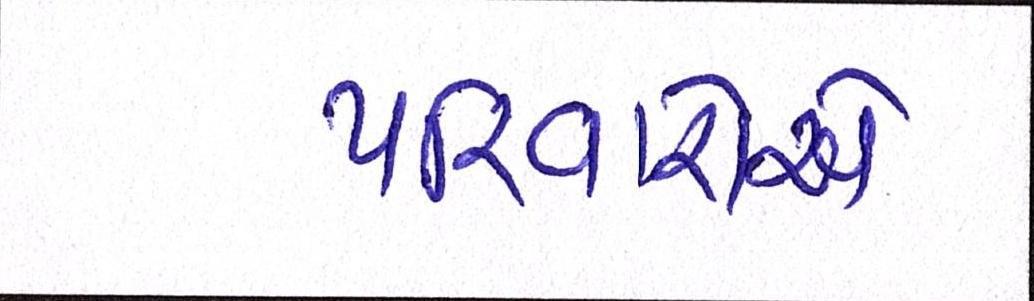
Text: પરિવારોએ